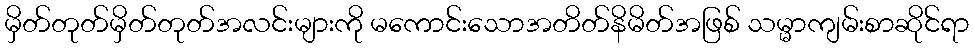
မှိတ်တုတ်မှိတ်တုတ်အလင်းများကို မကောင်းသောအတိတ်နိမိတ်အဖြစ် သမ္မာကျမ်းစာဆိုင်ရာ